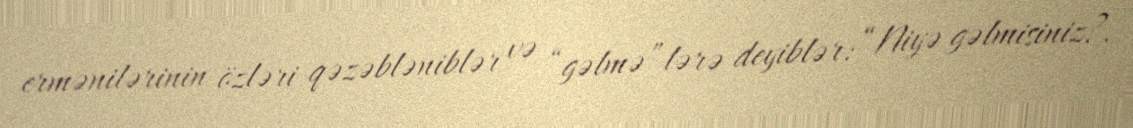
ermənilərinin özləri qəzəbləniblər və “gəlmə”lərə deyiblər: “Niyə gəlmisiniz?.